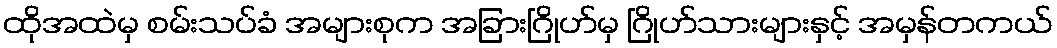
ထိုအထဲမှ စမ်းသပ်ခံ အများစုက အခြားဂြိုဟ်မှ ဂြိုဟ်သားများနှင့် အမှန်တကယ်